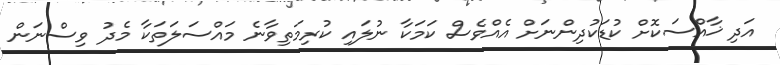
އަދި ޚާއްސަކޮށް ކުޑަކުދިންނަށް އެއްވެސް ކަމަކާ ނުލައި ކުރިމަތިވާނެ މައްސަލަތަކާ މެދު ވިސްނަން